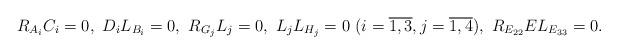
LaTeX: \begin{align*}&R_{A_{i}}C_{i}=0,\ D_{i}L_{B_{i}}=0,\ R_{G_{j}}L_{j}=0,\ L_{j}L_{H_{j}}=0\ (i=\overline{1,3}, j=\overline{1,4}),\ R_{E_{22}}EL_{E_{33}}=0.\end{align*}